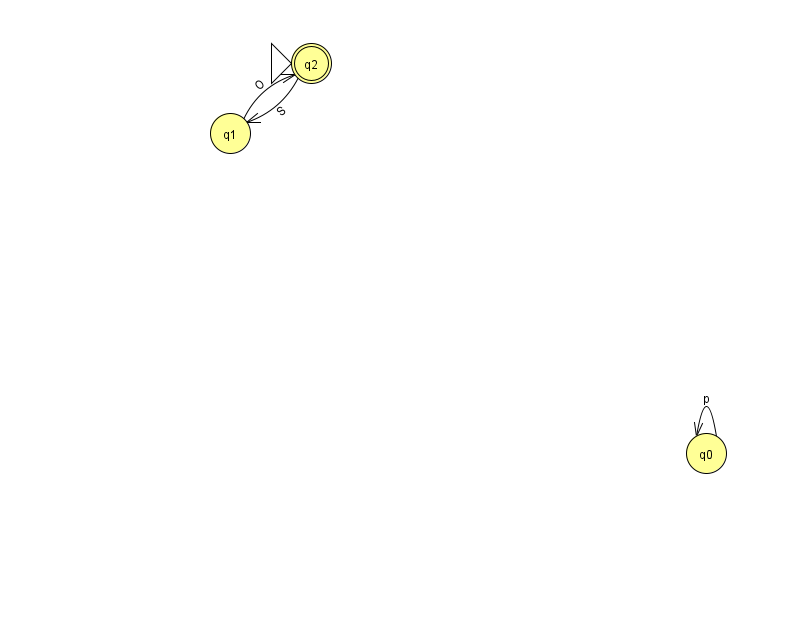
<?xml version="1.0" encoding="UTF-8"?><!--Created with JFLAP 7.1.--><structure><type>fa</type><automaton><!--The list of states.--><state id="0" name="q0"><x>706.0</x><y>440.0</y></state><state id="1" name="q1"><x>230.0</x><y>120.0</y></state><state id="2" name="q2"><x>311.0</x><y>50.0</y><initial/><final/></state><!--The list of transitions.--><transition><from>0</from><to>0</to><read>p</read></transition><transition><from>2</from><to>1</to><read>S</read></transition><transition><from>1</from><to>2</to><read>O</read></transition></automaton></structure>